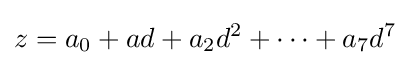
z=a_{0}+ad+a_{2}d^{2}+\cdots +a_{7}d^{7}